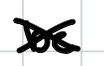
Text: be
Cross-out: mix
Writing tool: digital_black